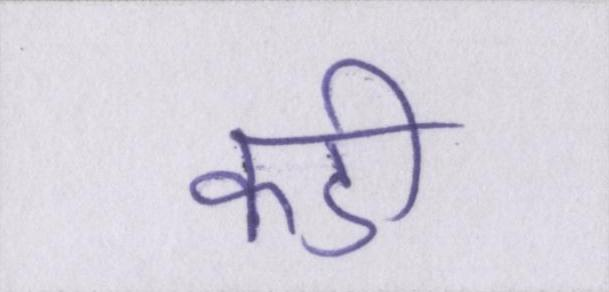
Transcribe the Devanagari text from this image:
कडी